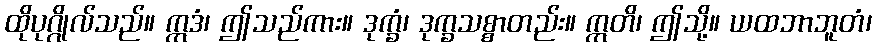
ထိုပုဂ္ဂိုလ်သည်။ ဣဒံ၊ ဤသည်ကား။ ဒုက္ခံ၊ ဒုက္ခသစ္စာတည်း။ ဣတိ၊ ဤသို့။ ယထဘာဘူတံ၊